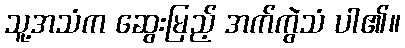
သူ့အသံက ဆွေးမြည့် အက်ကွဲသံ ပါ၏။